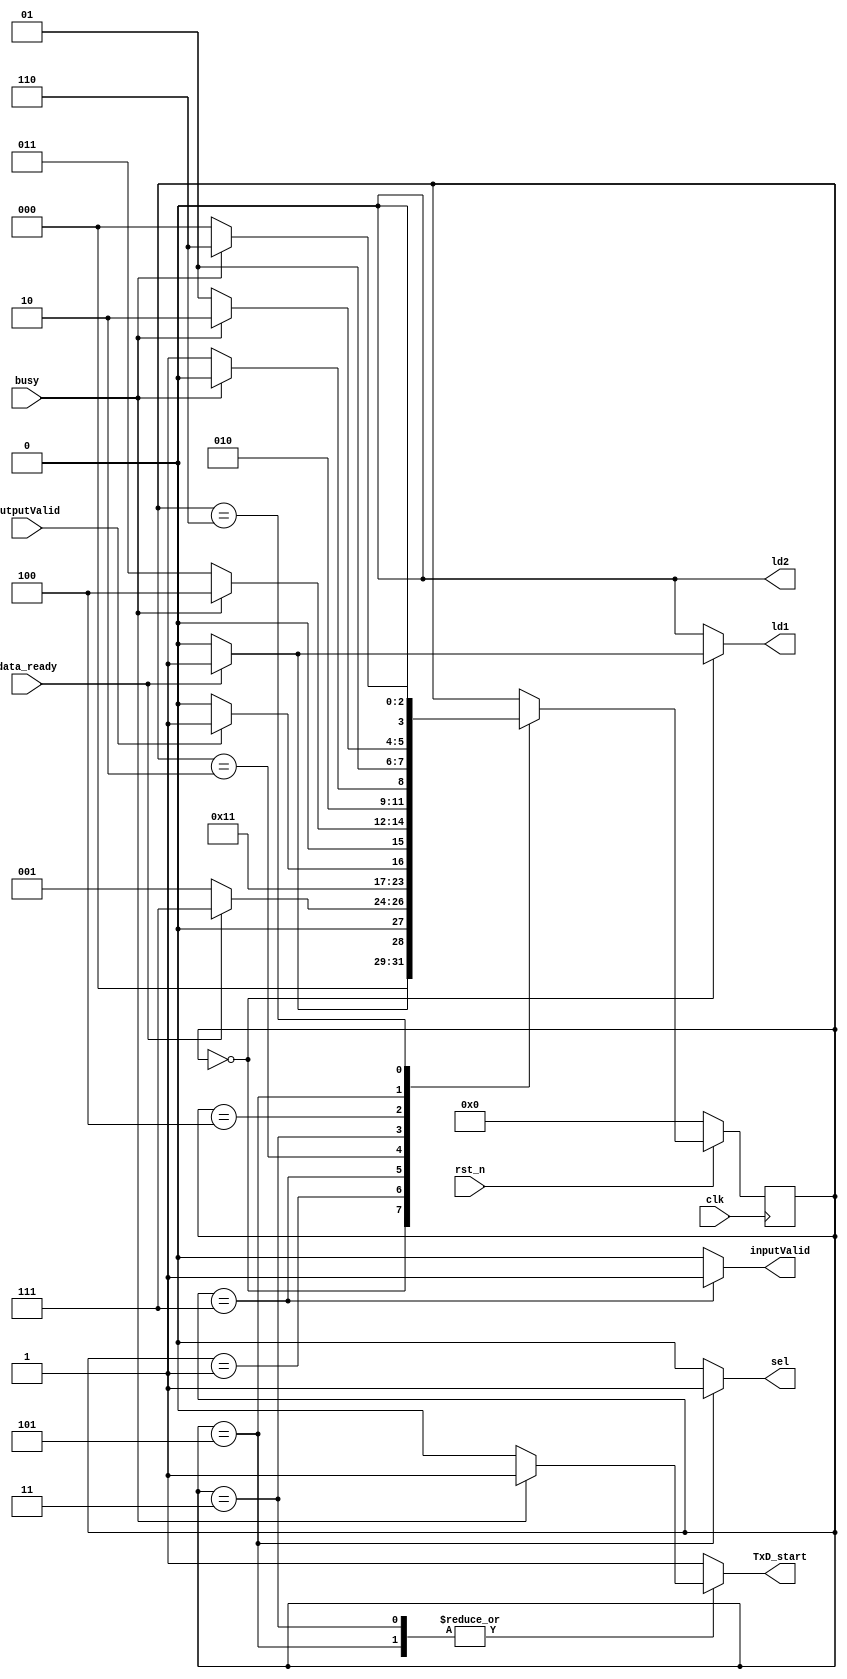
module controller (
	input clk,    // Clock
	input rst_n,  // Asynchronous reset active low
	input data_ready,
	input outputValid,
	input busy,
	output reg inputValid,
	output reg TxD_start,
	output reg sel, ld1, ld2
);
	
	parameter GetData1 = 4'd0, GetData2 = 4'd1, FIRCalculation = 4'd2, SendData1 = 4'd3, Busy1 = 4'd4,
			  SendData2 = 4'd5, Busy2 = 4'd6, InputValidStage = 4'd7;

	reg [15:0]IOData;
	reg [7:0] IOData_8;

	reg [3:0]ps;

	always @(posedge clk) begin : proc_ps
		if(~rst_n) begin
			ps <= 4'd0;
		end else begin
			case(ps)
			GetData1:
			begin
				if(data_ready)
				begin
					ps <= GetData2;
				end
				else begin
					ps <= GetData1;
				end
			end

			GetData2:
				begin
				if(data_ready)
				begin
					ps <= InputValidStage;
				end
				else begin
					ps <= GetData2;
				end
			end

			InputValidStage:
			begin
				ps <= FIRCalculation;
			end

			FIRCalculation:
			begin
				if(outputValid)
				begin
					ps <= SendData1;
				end
				else begin
					ps <= FIRCalculation;
				end

			end

			SendData1:
			begin
				if(busy)
				begin
					ps <= Busy1;
				end
				else begin
					ps <= SendData1;
				end
			end

			Busy1:
			begin
				if(busy)
				begin
					ps <= Busy1;
				end
				else begin
					ps <= SendData2;
				end
			end

			SendData2:
			begin
				if(busy)
				begin
					ps <= Busy2;
				end
				else begin
					ps <= SendData2;
				end
			end

			Busy2:
			begin
				if(busy)
				begin
					ps <= Busy2;
				end
				else begin
					ps <= GetData1;
				end
			end


		endcase // ps
		end
	end

	always @(*) begin : proc_combitional
	{ld1, ld2, sel, inputValid, TxD_start} = 5'b00001;
		case(ps)
			GetData1:
			begin 
				if(data_ready)
					ld1 = 1;
				inputValid = 0;
			end
			GetData1:
			begin 
				ld1 = 0;
				if(data_ready)
					ld2 = 1;
				inputValid = 0;
			end
			InputValidStage:
			begin
				ld2 = 0;
				inputValid = 1;
			end

			FIRCalculation:
			begin
				inputValid = 0;
			end

			SendData1:
			begin
				sel = 0;
				if(busy)
				begin
					TxD_start = 1;
				end
				else begin
					TxD_start = 0;
				end
			end

			SendData2:
			begin
				sel = 1;
				if(busy)
				begin
					TxD_start = 1;
				end
				else begin
					TxD_start = 0;
				end
			end
		endcase // ps



	end










endmodule